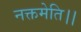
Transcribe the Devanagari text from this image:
नक्तमेति।।